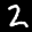
Label: 2